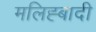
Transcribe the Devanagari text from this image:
मलिह्बादी